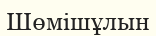
Шөмішұлын